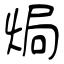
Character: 焗